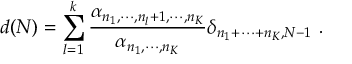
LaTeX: d ( N ) = \sum _ { l = 1 } ^ { k } \frac { \alpha _ { n _ { 1 } , \cdots , n _ { l } + 1 , \cdots , n _ { K } } } { \alpha _ { n _ { 1 } , \cdots , n _ { K } } } \delta _ { n _ { 1 } + \cdots + n _ { K } , N - 1 } \ .